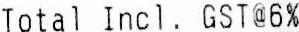
TOTAL INCL. GST@6%